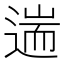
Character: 遄